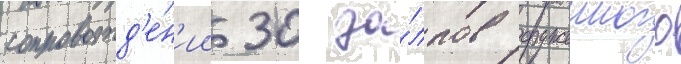
сопровожд'е́н'ии 30 за́лпов оружеиного